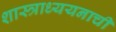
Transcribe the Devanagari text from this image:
शास्त्राध्ययनाची